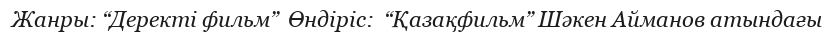
Жанры: “Деректі фильм”  Өндіріс:  “Қазақфильм” Шәкен Айманов атындағы